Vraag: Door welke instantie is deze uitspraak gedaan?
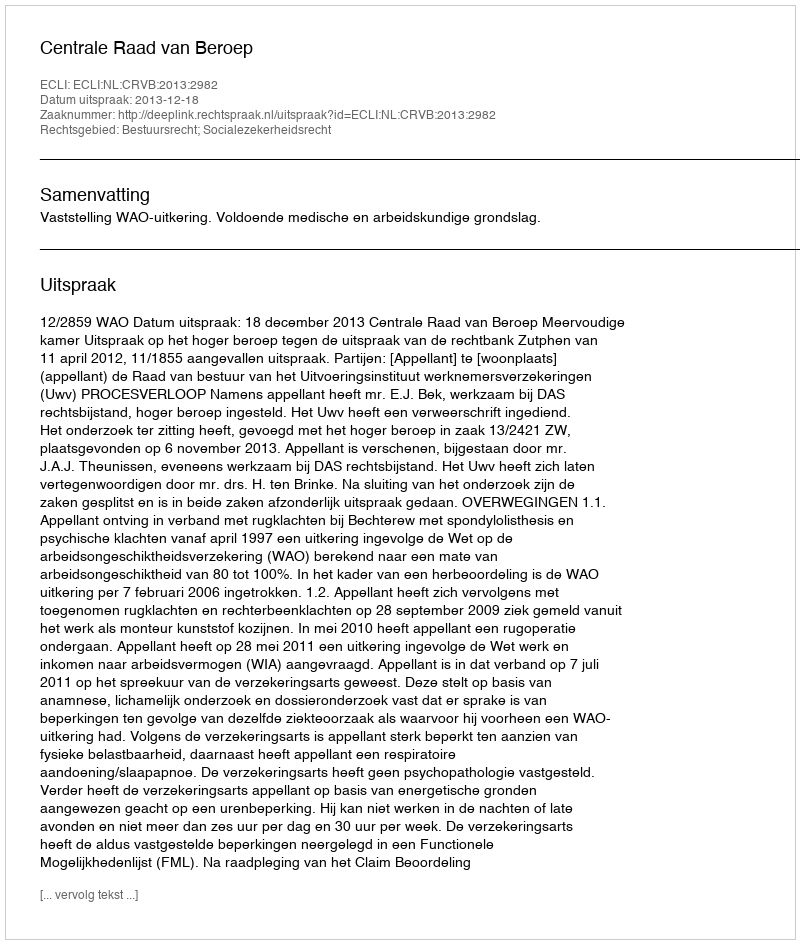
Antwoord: Centrale Raad van Beroep